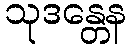
သုဒန္တေန